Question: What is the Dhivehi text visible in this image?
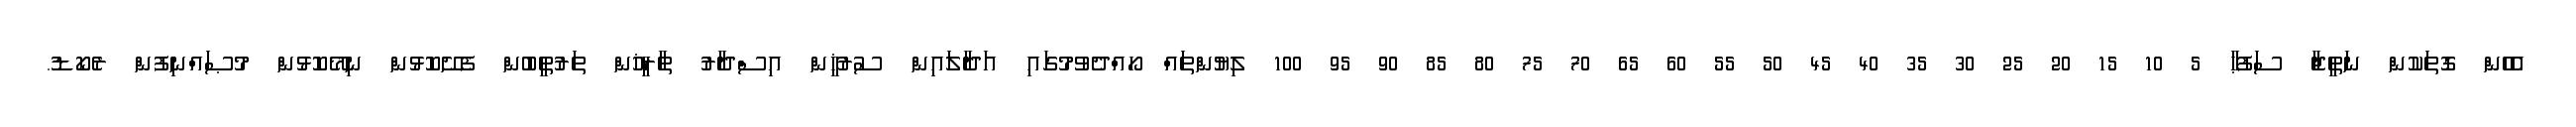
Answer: އެހެން ގޮތަކުން ނަތީޖާ ސަފުޙާ 5 10 15 20 25 30 35 40 45 50 55 60 65 70 75 80 85 90 95 100 ލިޔުންތައް ހޯއްދެވުމުގައި އަދާލައިން ސުރުޚީން އިސްދާރު ތާރީޚުން ތަރުތީބުން ފެށޭކޮޅުން ނިމޭކޮޅުން މުޞައްނިފުން ރެކޯޑު.